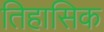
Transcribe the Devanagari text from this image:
तिहासिक